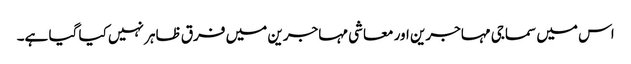
اس میں سماجی مہاجرین اور معاشی مہاجرین میں فرق ظاہر نہیں کیا گیا ہے۔